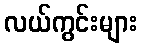
လယ်ကွင်းများ